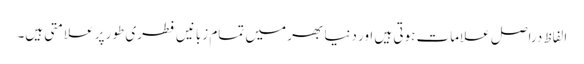
الفاظ دراصل علامات ہوتی ہیں اور دنیا بھر میں تمام زبانیں فطری طور پر علامتی ہیں۔